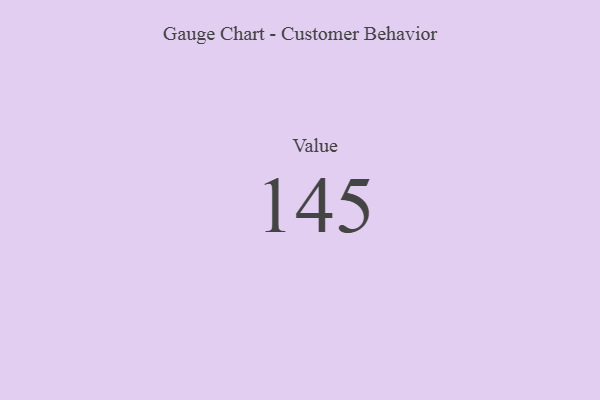
{"axis": {"x": "Metric", "y": "Value"}, "legend": [""], "data": [{"x": "Value", "y": 145, "type": ""}]}